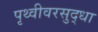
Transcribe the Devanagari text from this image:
पृथ्वीवरसुद्धा